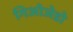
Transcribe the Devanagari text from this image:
गिओजेडो